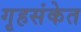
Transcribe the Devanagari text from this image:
गृहसंकेत